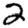
Digit: 2